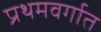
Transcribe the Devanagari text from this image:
प्रथमवर्गात